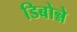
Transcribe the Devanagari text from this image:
डिबोन्ने